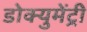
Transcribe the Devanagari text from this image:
डोक्युमेंट्री